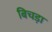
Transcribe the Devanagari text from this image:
बिचड़ा